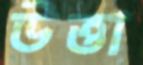
উত্তা